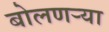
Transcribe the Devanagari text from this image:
बोलणऱ्या